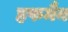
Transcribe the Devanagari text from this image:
हफमैन